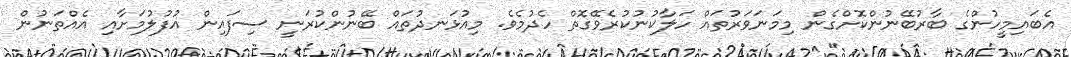
އެބައިމީހުންގެ ބާރުބޭނުންކޮށްގެން މިމަނަވަރުތައް ހަލާކުނުކުރެވޭގޮތް ހެދުމެވެ. މިއުޅަނދުތައް ބޭނުންކުރަނީ ސިފައިން އުފުލުމަށާއި އެއްތަނުން